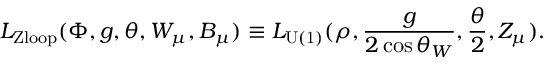
{ \cal L } _ { \mathrm { Z l o o p } } ( \Phi , g , \theta , W _ { \mu } , B _ { \mu } ) \equiv { \cal L } _ { \mathrm { U ( 1 ) } } ( \rho , \frac { g } { 2 \cos \theta _ { W } } , \frac { \theta } { 2 } , Z _ { \mu } ) .